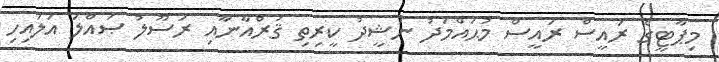
މިޕާޓީގެ ރައީސް ރައީސް މުޙައްމަދު ނަޝީދު ކީރިތި ޤުރްއާނާއި ރަސޫލު ޞައްލަ އަލައިހި